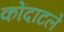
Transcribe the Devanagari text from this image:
कोंदाटले